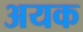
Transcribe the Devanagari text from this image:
अयक